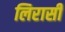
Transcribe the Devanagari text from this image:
लिरासी